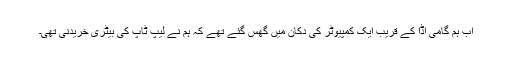
اب ہم گامی اڈا کے قریب ایک کمپیوٹر کی دکان میں گھس گئے تھے کہ ہم نے لیپ ٹاپ کی بیٹری خریدنی تھی۔